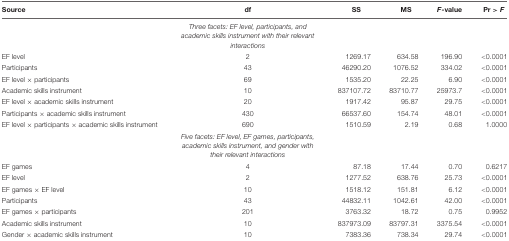
<table><thead><tr><td><b>Source</b></td><td><b>df</b></td><td><b>SS</b></td><td><b>MS</b></td><td><b><i>F</i>-value</b></td><td><b>Pr &gt; <i>F</i></b></td></tr></thead><tbody><tr><td></td><td><i>Three facets: EF level, participants, and academic skills instrument with their relevant interactions</i></td><td></td><td></td><td></td><td></td></tr><tr><td>EF level</td><td>2</td><td>1269.17</td><td>634.58</td><td>196.90</td><td>&lt;0.0001</td></tr><tr><td>Participants</td><td>43</td><td>46290.20</td><td>1076.52</td><td>334.02</td><td>&lt;0.0001</td></tr><tr><td>EF level × participants</td><td>69</td><td>1535.20</td><td>22.25</td><td>6.90</td><td>&lt;0.0001</td></tr><tr><td>Academic skills instrument</td><td>10</td><td>837107.72</td><td>83710.77</td><td>25973.7</td><td>&lt;0.0001</td></tr><tr><td>EF level × academic skills instrument</td><td>20</td><td>1917.42</td><td>95.87</td><td>29.75</td><td>&lt;0.0001</td></tr><tr><td>Participants × academic skills instrument</td><td>430</td><td>66537.60</td><td>154.74</td><td>48.01</td><td>&lt;0.0001</td></tr><tr><td>EF level × participants × academic skills instrument</td><td>690</td><td>1510.59</td><td>2.19</td><td>0.68</td><td>1.0000</td></tr><tr><td></td><td><i>Five facets: EF level, EF games, participants, academic skills instrument, and gender with their relevant interactions</i></td><td></td><td></td><td></td><td></td></tr><tr><td>EF games</td><td>4</td><td>87.18</td><td>17.44</td><td>0.70</td><td>0.6217</td></tr><tr><td>EF level</td><td>2</td><td>1277.52</td><td>638.76</td><td>25.73</td><td>&lt;0.0001</td></tr><tr><td>EF games × EF level</td><td>10</td><td>1518.12</td><td>151.81</td><td>6.12</td><td>&lt;0.0001</td></tr><tr><td>Participants</td><td>43</td><td>44832.11</td><td>1042.61</td><td>42.00</td><td>&lt;0.0001</td></tr><tr><td>EF games × participants</td><td>201</td><td>3763.32</td><td>18.72</td><td>0.75</td><td>0.9952</td></tr><tr><td>Academic skills instrument</td><td>10</td><td>837973.09</td><td>83797.31</td><td>3375.54</td><td>&lt;0.0001</td></tr><tr><td>Gender × academic skills instrument</td><td>10</td><td>7383.36</td><td>738.34</td><td>29.74</td><td>&lt;0.0001</td></tr></tbody></table>